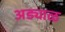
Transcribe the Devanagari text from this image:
अड्याळ